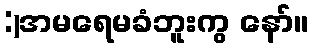
:)အမရေမခံဘူးကွ နော်။